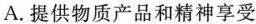
A.提供物质产品和精神享受